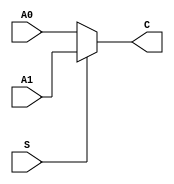
`timescale 1ns / 1ps
//////////////////////////////////////////////////////////////////////////////////
// Company: 
// Engineer: 
// 
// Design Name: 
// Module Name:    MUX2T1_5 
// Project Name: 
// Target Devices: 
// Tool versions: 
// Description: 
//
// Dependencies: 
//
// Revision: 
// Revision 0.01 - File Created
// Additional Comments: 
//
//////////////////////////////////////////////////////////////////////////////////
module MUX2T1_5(
	input [4:0]A0,
	input [4:0]A1,
	input S,
	output [4:0]C
    );
assign C=(S)?A1:A0;

endmodule